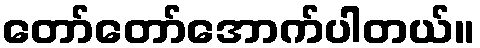
တော်တော်အောက်ပါတယ်။